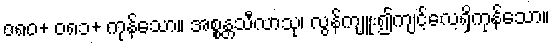
၀၈၀+ ၀၈၁+ ကုန်သော။ အစ္စန္တသီလာသု၊ လွန်ကျူး၍ကျင့်လေ့ရှိကုန်သော။